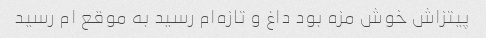
پیتزاش خوش مزه بود داغ و تازه‌ام رسید به موقع ام رسید